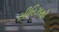
સીરિઝથી